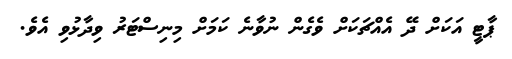
ޕާޓީ އަކަށް ދޭ އެއްޗަކަށް ވެގެން ނުވާނެ ކަމަށް މިނިސްޓަރު ވިދާޅުވި އެވެ.